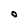
Character: O